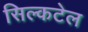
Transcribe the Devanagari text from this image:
सिल्कटेल